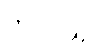
တလလျှင်